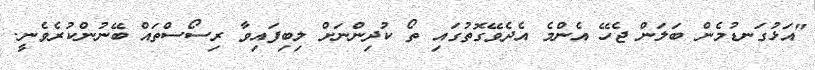
"އަޅުގަނޑުމެން ބަލަން ޖެހޭ އެންމެ އެދެވޭގޮތުގައި ތޯ ކުދިންނަށް ލިބިފައިވާ ރިސޯސްތައް ބޭނުންކުރެވެނީ.